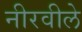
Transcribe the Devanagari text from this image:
नीरवीले